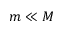
m \ll M